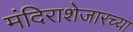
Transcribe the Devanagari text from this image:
मंदिराशेजारच्या